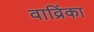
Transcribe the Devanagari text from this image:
वाव्रिंका